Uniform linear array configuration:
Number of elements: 64
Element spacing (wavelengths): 0.75
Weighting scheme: binomial
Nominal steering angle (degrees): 0
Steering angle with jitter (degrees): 0.3329
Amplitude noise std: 0.05
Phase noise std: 0.05

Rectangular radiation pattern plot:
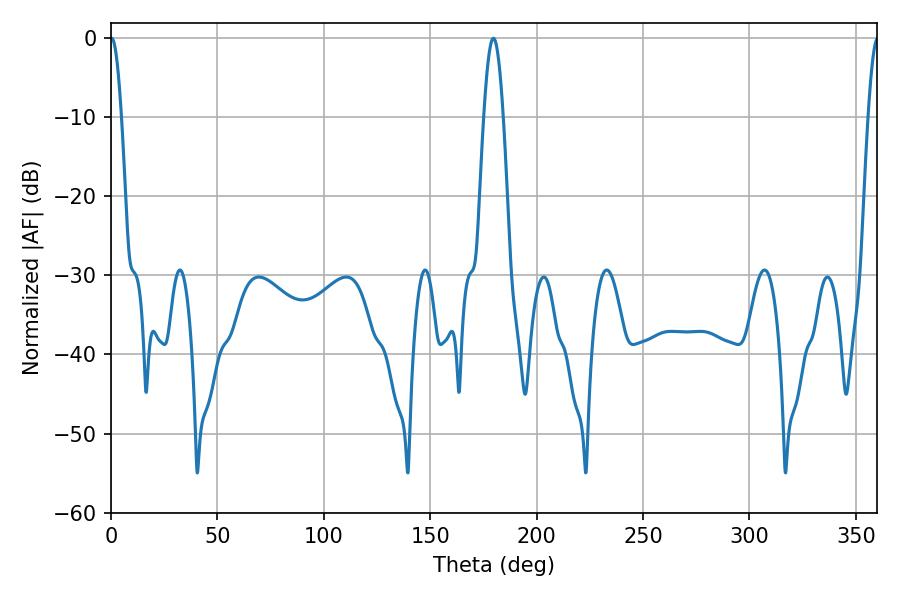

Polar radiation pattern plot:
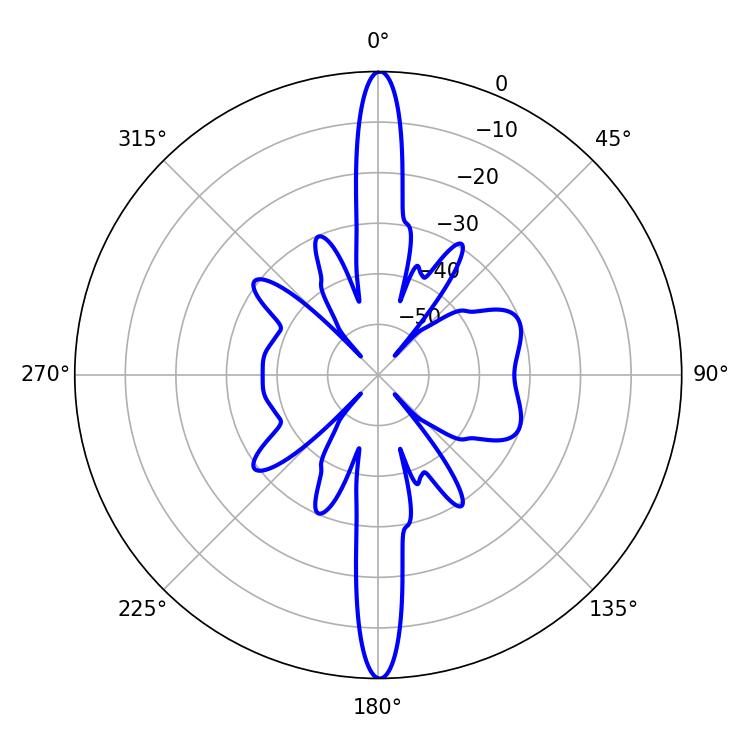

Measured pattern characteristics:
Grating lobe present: TRUE
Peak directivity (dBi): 31.629
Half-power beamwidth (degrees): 2.7
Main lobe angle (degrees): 0.36